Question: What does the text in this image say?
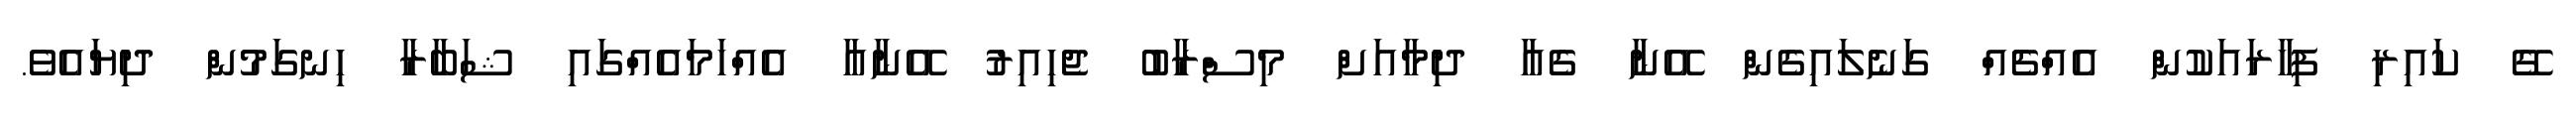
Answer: ގޭ ކައިރި ފިހާރައަކުން އެއްޗެއް ގަނެލައިގެން އޭނާ ގެއާ ދިމާއަށް މިސްރާބު ޖެހިއިރު އޭނާއާ އެއްހަމައެއްގައި ޝަބާރާ ހިނގަމުން ދިޔައެވެ.